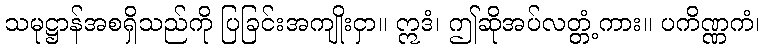
သမုဋ္ဌာန်အစရှိသည်ကို ပြခြင်းအကျိုးငှာ။ ဣဒံ၊ ဤဆိုအပ်လတ္တံ့ကား။ ပကိဏ္ဏကံ၊